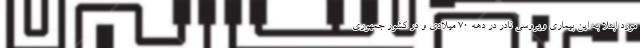
مورد ابتلا به این بیماری ویروسی نادر در دهه 70 میلادی و در کشور جمهوری